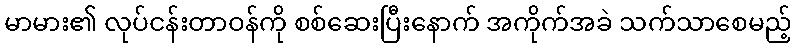
မာမား၏ လုပ်ငန်းတာဝန်ကို စစ်ဆေးပြီးနောက် အကိုက်အခဲ သက်သာစေမည့်